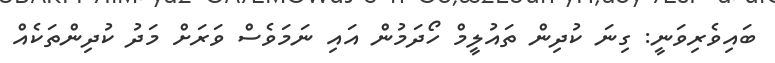
ބައިވެރިވަނީ: ގިނަ ކުދިން ތައުލީމް ހޯދަމުން އައި ނަމަވެސް ވަރަށް މަދު ކުދިންތަކެއް